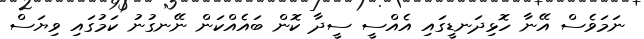
ނަމަވެސް އޭނާ ހޮޅިދަނޑީގައި އެއްސީ ސީދާ ކޮން ބައެއްކަން ނޭނގުނު ކަމުގައި ވިޔަސް